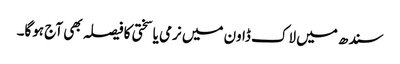
سندھ میں لاک ڈاون میں نرمی یا سختی کا فیصلہ بھی آج ہوگا۔